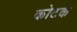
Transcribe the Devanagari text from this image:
कोटके